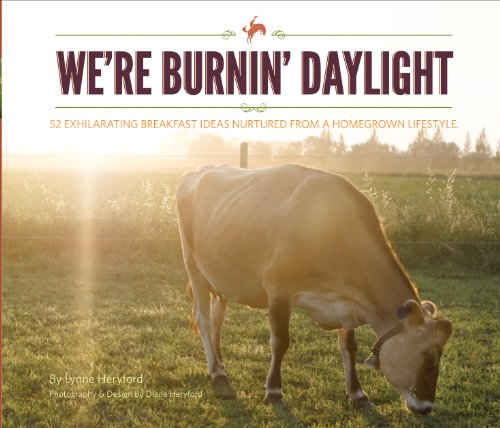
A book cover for We're Burnin' Daylight; Lynne Heryford; Cookbooks, Food & Wine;